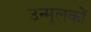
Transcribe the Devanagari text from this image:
उन्मूलकों